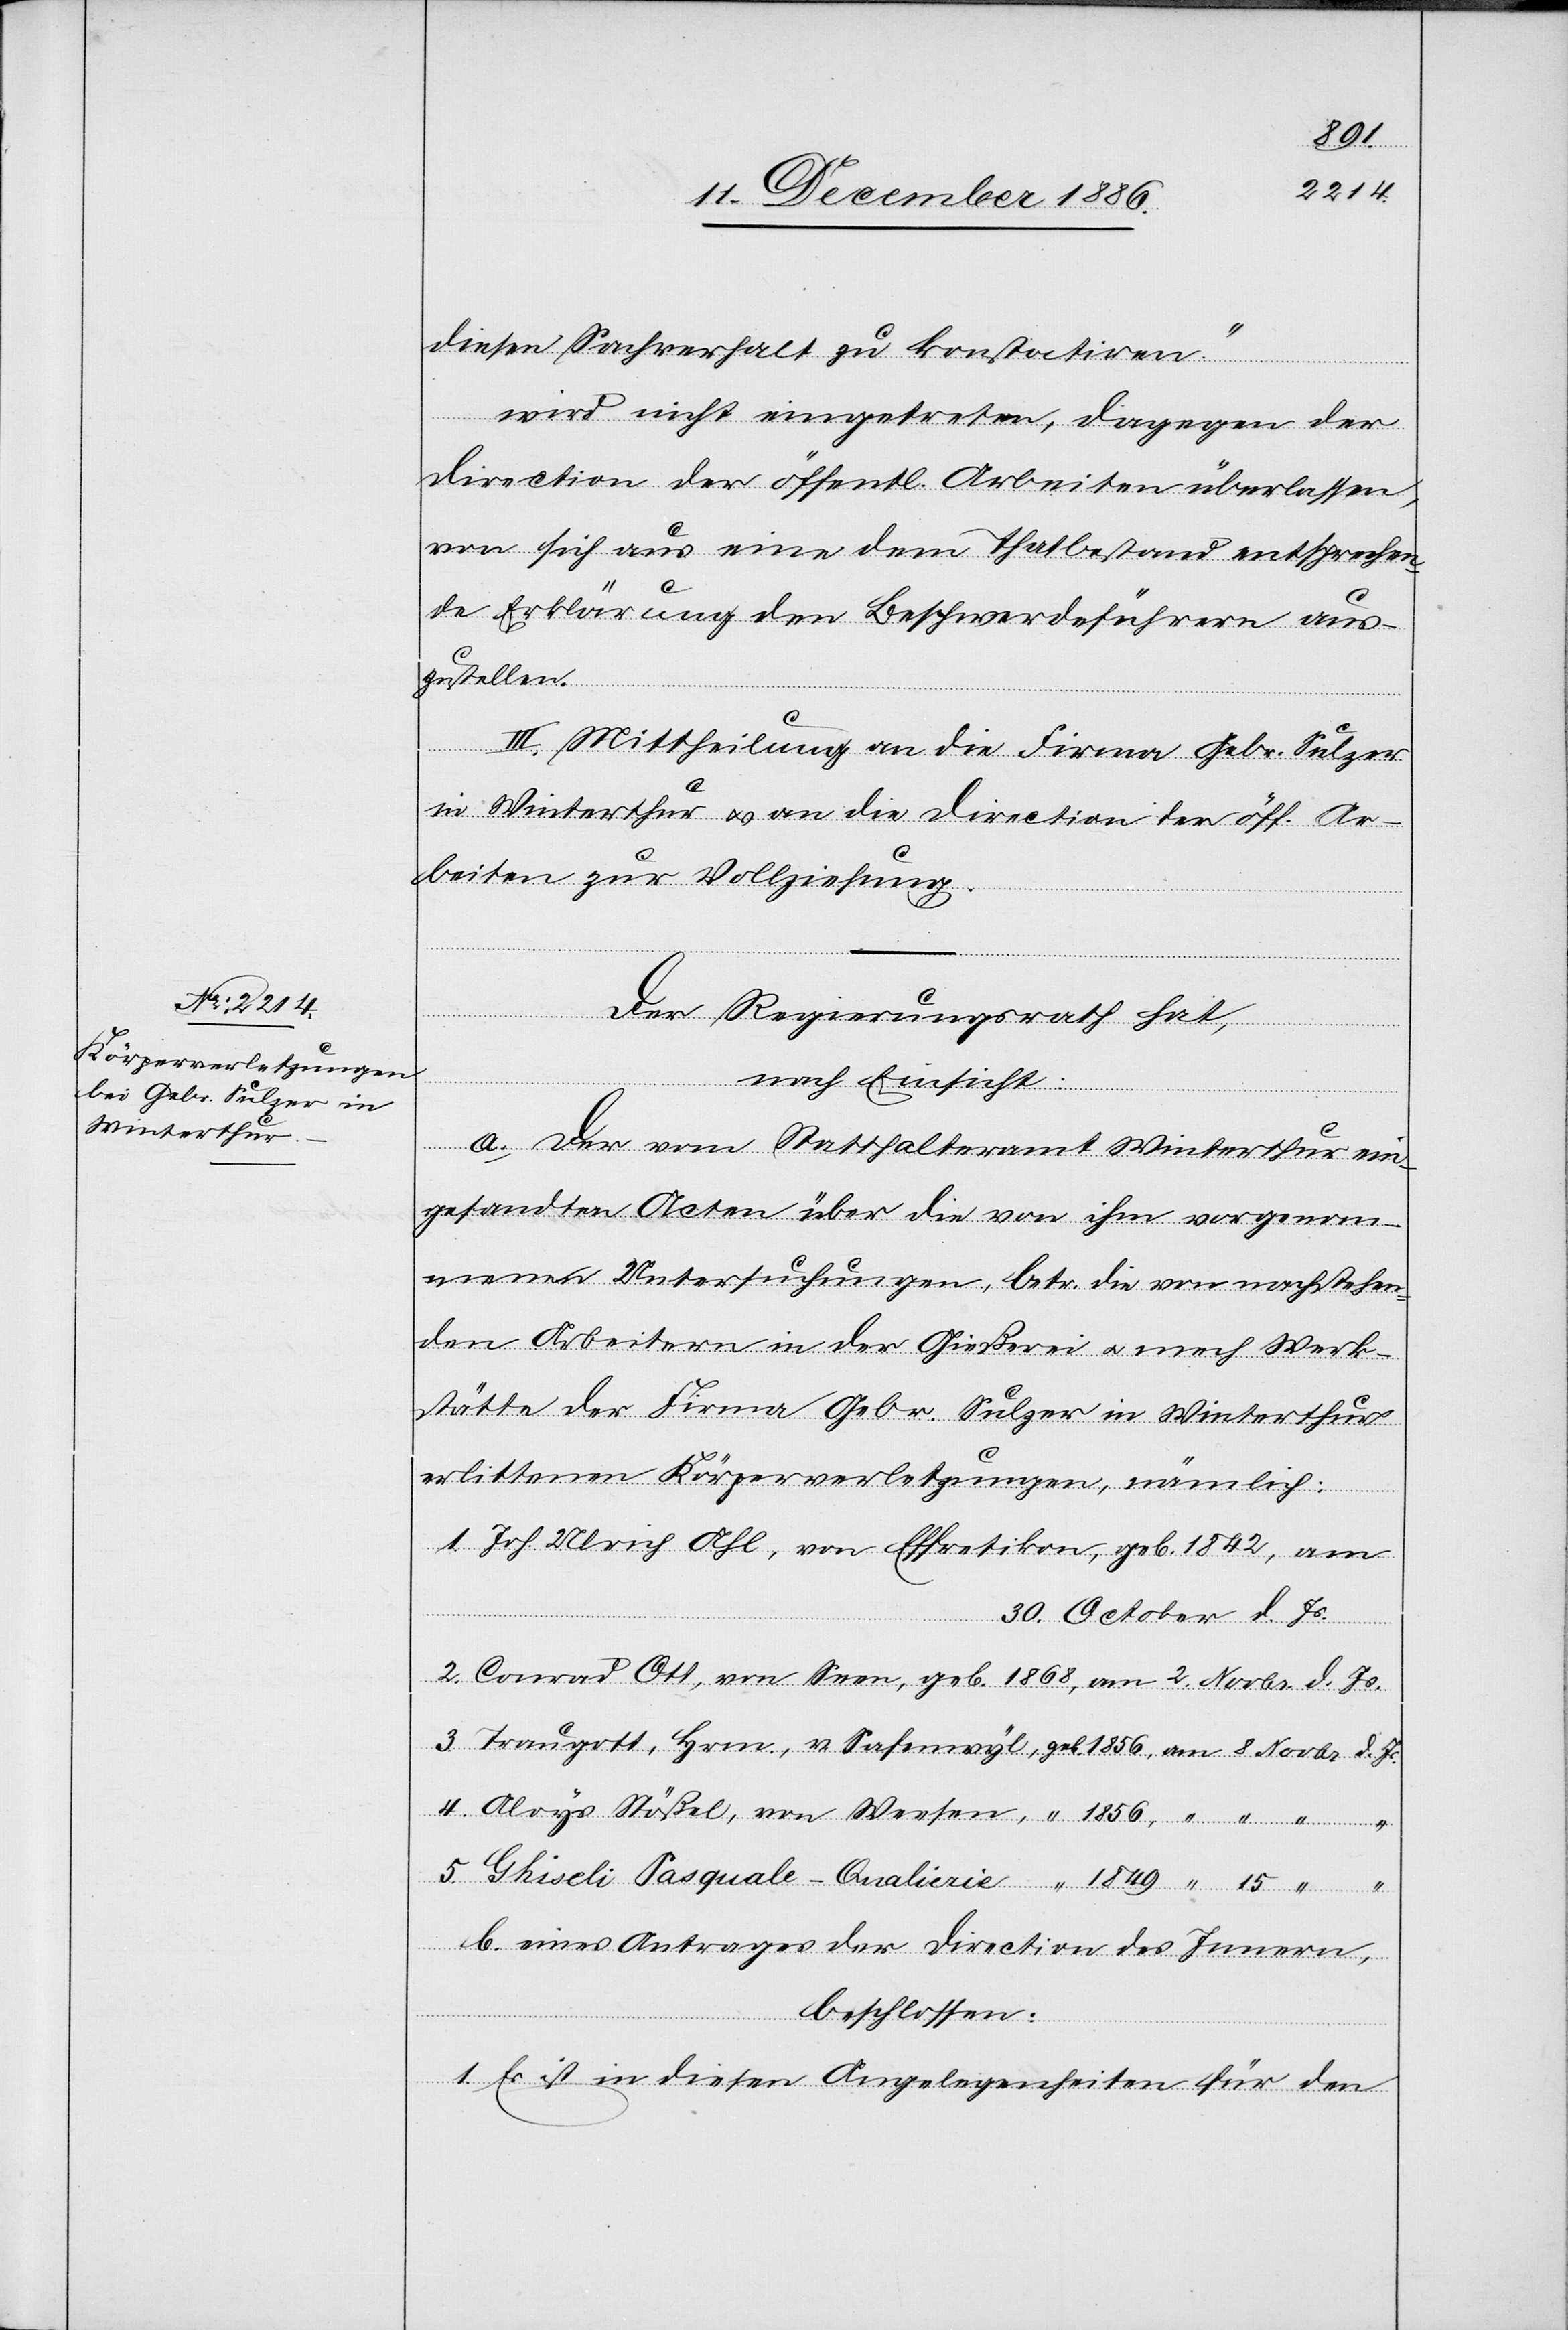
diesen Sachverhalt zu konstatiren.“
wird nicht eingetreten, dagegen der
Direction der öffentl. Arbeiten überlassen,
von sich aus eine dem Thatbestand entsprechen¬
15.
de Erklärung den Beschwerdeführern aus¬
zustellen.
e-Qualierie
III. Mittheilung an die Firma Gebr. Sulzer
in Winterthur & an die Direction der öff. Ar¬
beiten zur Vollziehung.
Pasqual¬
Der Regierungsrath hat,
nach Einsicht:
von
a. Der vom Statthalteramt Winterthur ein¬
gesandten Acten über die von ihm vorgenom¬
menen Untersuchungen, betr. die von nachstehen¬
den Arbeitern in der Gießerei & mech. Werk¬
stätte der Firma Gebr. Sulzer in Winterthur
erlittenen Körperverletzungen, nämlich:
30. October d. Js.
Conrad Ott, von Seen, geb. 1868, am 2. Novbr. d. Js.
b. eines Antrages der Direction des Innern,
beschlossen:
1. Es ist in diesen Angelegenheiten für den